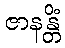
ဇာနန္တိံ